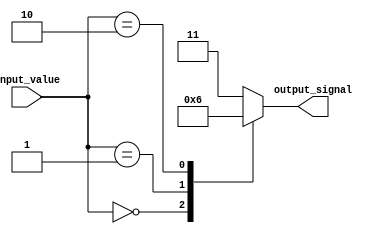
module unique_case_statement (
    input [3:0] input_value,
    output reg [1:0] output_signal
);

always @*
begin
    case (input_value)
        4'b0000: output_signal = 2'b00;
        4'b0001: output_signal = 2'b01;
        4'b0010: output_signal = 2'b10;
        default: output_signal = 2'b11;
    endcase
end

endmodule